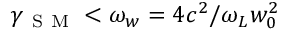
\gamma _ { \mathrm { ~ S ~ M ~ } } < \omega _ { w } = 4 c ^ { 2 } / \omega _ { L } w _ { 0 } ^ { 2 }